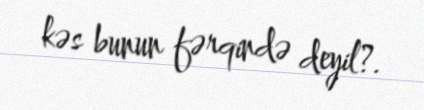
kəs bunun fərqində deyil?.